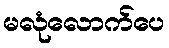
မလုံလောက်ပေ